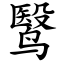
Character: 鹥